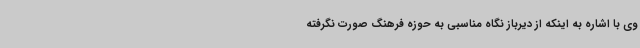
وی با اشاره به اینکه از دیرباز نگاه مناسبی به حوزه فرهنگ صورت نگرفته